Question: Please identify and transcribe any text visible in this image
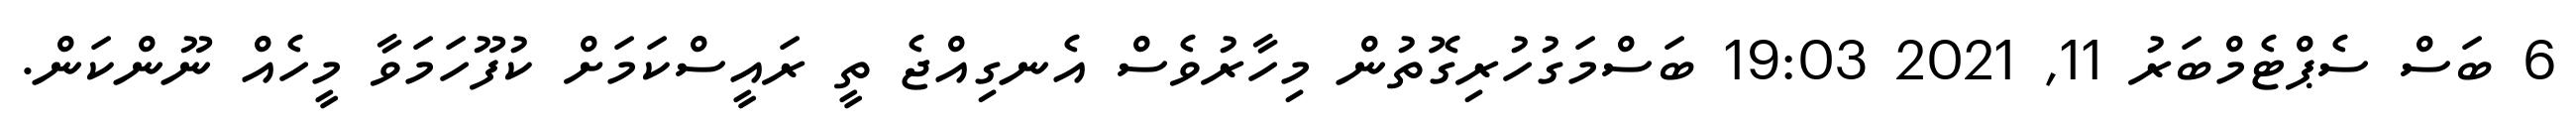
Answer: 6 ބަސް ސެޕްޓެމްބަރު 11, 2021 19:03 ބަސްމަގުހުރިގޮތުން މިހާރުވެސް އެނގިއްޖެ ތީ ރައީސްކަމަށް ކުފޫހަމަވާ މީހެއް ނޫންކަން.